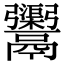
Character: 𩱮